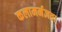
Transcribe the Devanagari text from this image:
कलामर्मज्ञता